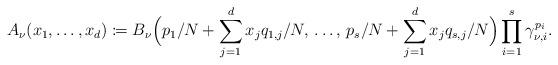
LaTeX: \begin{align*} A_\nu(x_1,\ldots,x_d) \coloneqq B_\nu\Big(p_1/N + \sum_{j=1}^d x_j q_{1,j}/N,\, \ldots,\, p_s/N + \sum_{j=1}^d x_jq_{s,j}/N \Big) \prod_{i=1}^s \gamma_{\nu,i}^{p_i}. \end{align*}